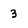
Character: 3